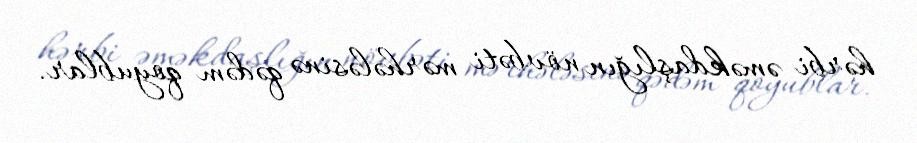
hərbi əməkdaşlığın növbəti mərhələsinə qədəm qoyublar.